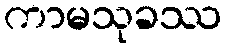
ကာမသုခဿ